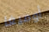
أوميغا